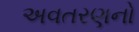
અવતરણનો